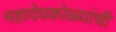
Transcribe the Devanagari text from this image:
महादेवकोळ्यांची